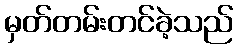
မှတ်တမ်းတင်ခဲ့သည်